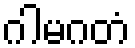
ဂါမဂတံ